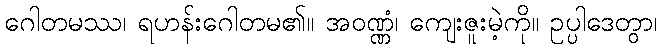
ဂေါတမဿ၊ ရဟန်းဂေါတမ၏။ အဝဏ္ဏံ၊ ကျေးဇူးမဲ့ကို။ ဥပ္ပါဒေတွာ၊